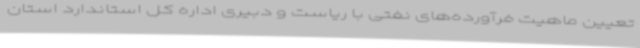
تعیین ماهیت فرآورده‌های نفتی با ریاست و دبیری اداره کل استاندارد استان